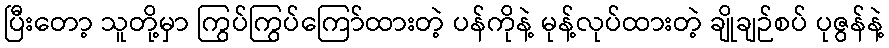
ပြီးတော့ သူတို့မှာ ကြွပ်ကြွပ်ကြော်ထားတဲ့ ပန်ကိုနဲ့ မုန့်လုပ်ထားတဲ့ ချိုချဉ်စပ် ပုဇွန်နဲ့